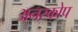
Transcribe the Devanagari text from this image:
अनस्कोप